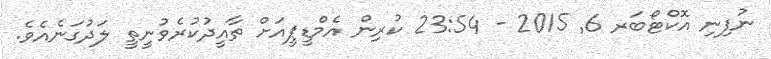
ނުފިނި އޮކްޓޯބަރ 6